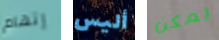
إتهام أليس يمكن